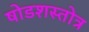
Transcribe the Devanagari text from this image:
षोडशस्तोत्र